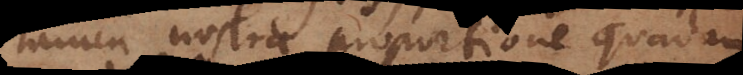
tamen nostra proportione quadam